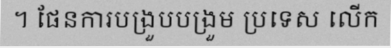
។ ផែនការបង្រួបបង្រួម ប្រទេស លើក